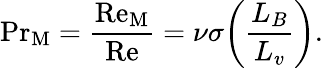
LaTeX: \mathrm{Pr}_{\mathrm{M}}=\frac{\mathrm{Re}_{\mathrm{M}}}{\mathrm{Re}}=\nu\sigma\biggl(\frac{L_{B}}{L_{v}}\biggr).